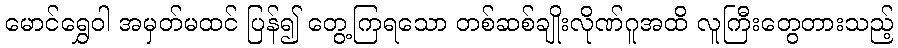
မောင်ရွှေဝါ အမှတ်မထင် ပြန်၍ တွေ့ကြရသော တစ်ဆစ်ချိုးလိုဏ်ဂူအထိ လူကြီးတွေတားသည့်